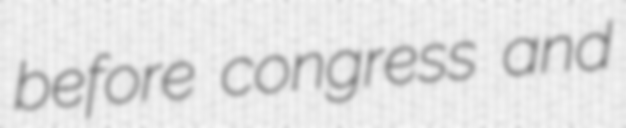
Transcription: before congress and